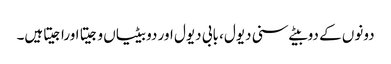
دونوں کے دوبیٹے سنی دیول، بابی دیول اور دو بیٹیاں وجیتا اوراجیتاہیں۔